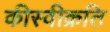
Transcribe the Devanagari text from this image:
कीस्वीक्रति